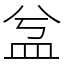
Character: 㿽